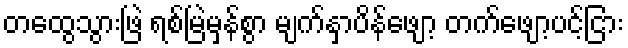
တထွေသွားဖြဲ ရစ်မြဲမှန်စွာ မျက်နှာပိန်ဖျော့ တက်ဖျော့ပင့်ငြား